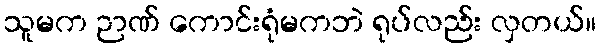
သူမက ဉာဏ် ကောင်းရုံမကဘဲ ရုပ်လည်း လှတယ်။